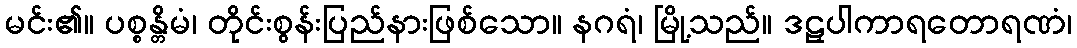
မင်း၏။ ပစ္စန္တိမံ၊ တိုင်းစွန်းပြည်နားဖြစ်သော။ နဂရံ၊ မြို့သည်။ ဒဠှပါကာရတောရဏံ၊